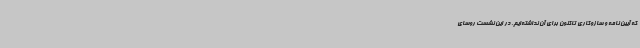
که آیین نامه و سازوکاری تاکنون برای آن نداشته‌ایم. در این نشست روسای